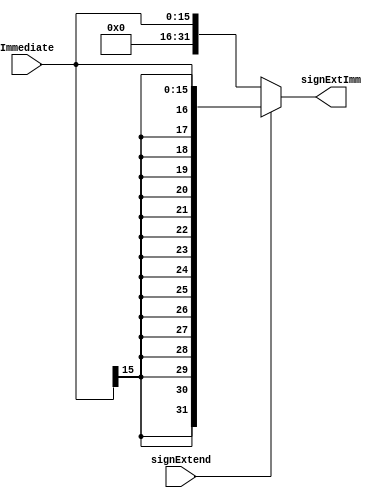
`timescale 1ns / 1ps
//////////////////////////////////////////////////////////////////////////////////
// Company: 
// Engineer: 
// 
// Design Name: 
// Module Name: SignExtender
// Project Name: 
// Target Devices: 
// Tool Versions: 
// Description: 
// 
// Dependencies: 
// 
// Revision:
// Revision 0.01 - File Created
// Additional Comments:
// 
//////////////////////////////////////////////////////////////////////////////////


module SignExtender(signExtImm, Immediate, signExtend);
    input [15:0] Immediate;
    input signExtend;
    output [31:0] signExtImm;
    
    wire [31:0] SignExtendI, Zero_ext_I;
    
    assign SignExtendI= {{16{Immediate[15]}}, Immediate}; //sign extended immediate 
    assign Zero_ext_I= {{16{1'b0}}, Immediate}; //zero exteded immediate 
    
    assign signExtImm= (signExtend==1'b1) ? SignExtendI : Zero_ext_I;
    

endmodule